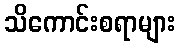
သိကောင်းစရာများ